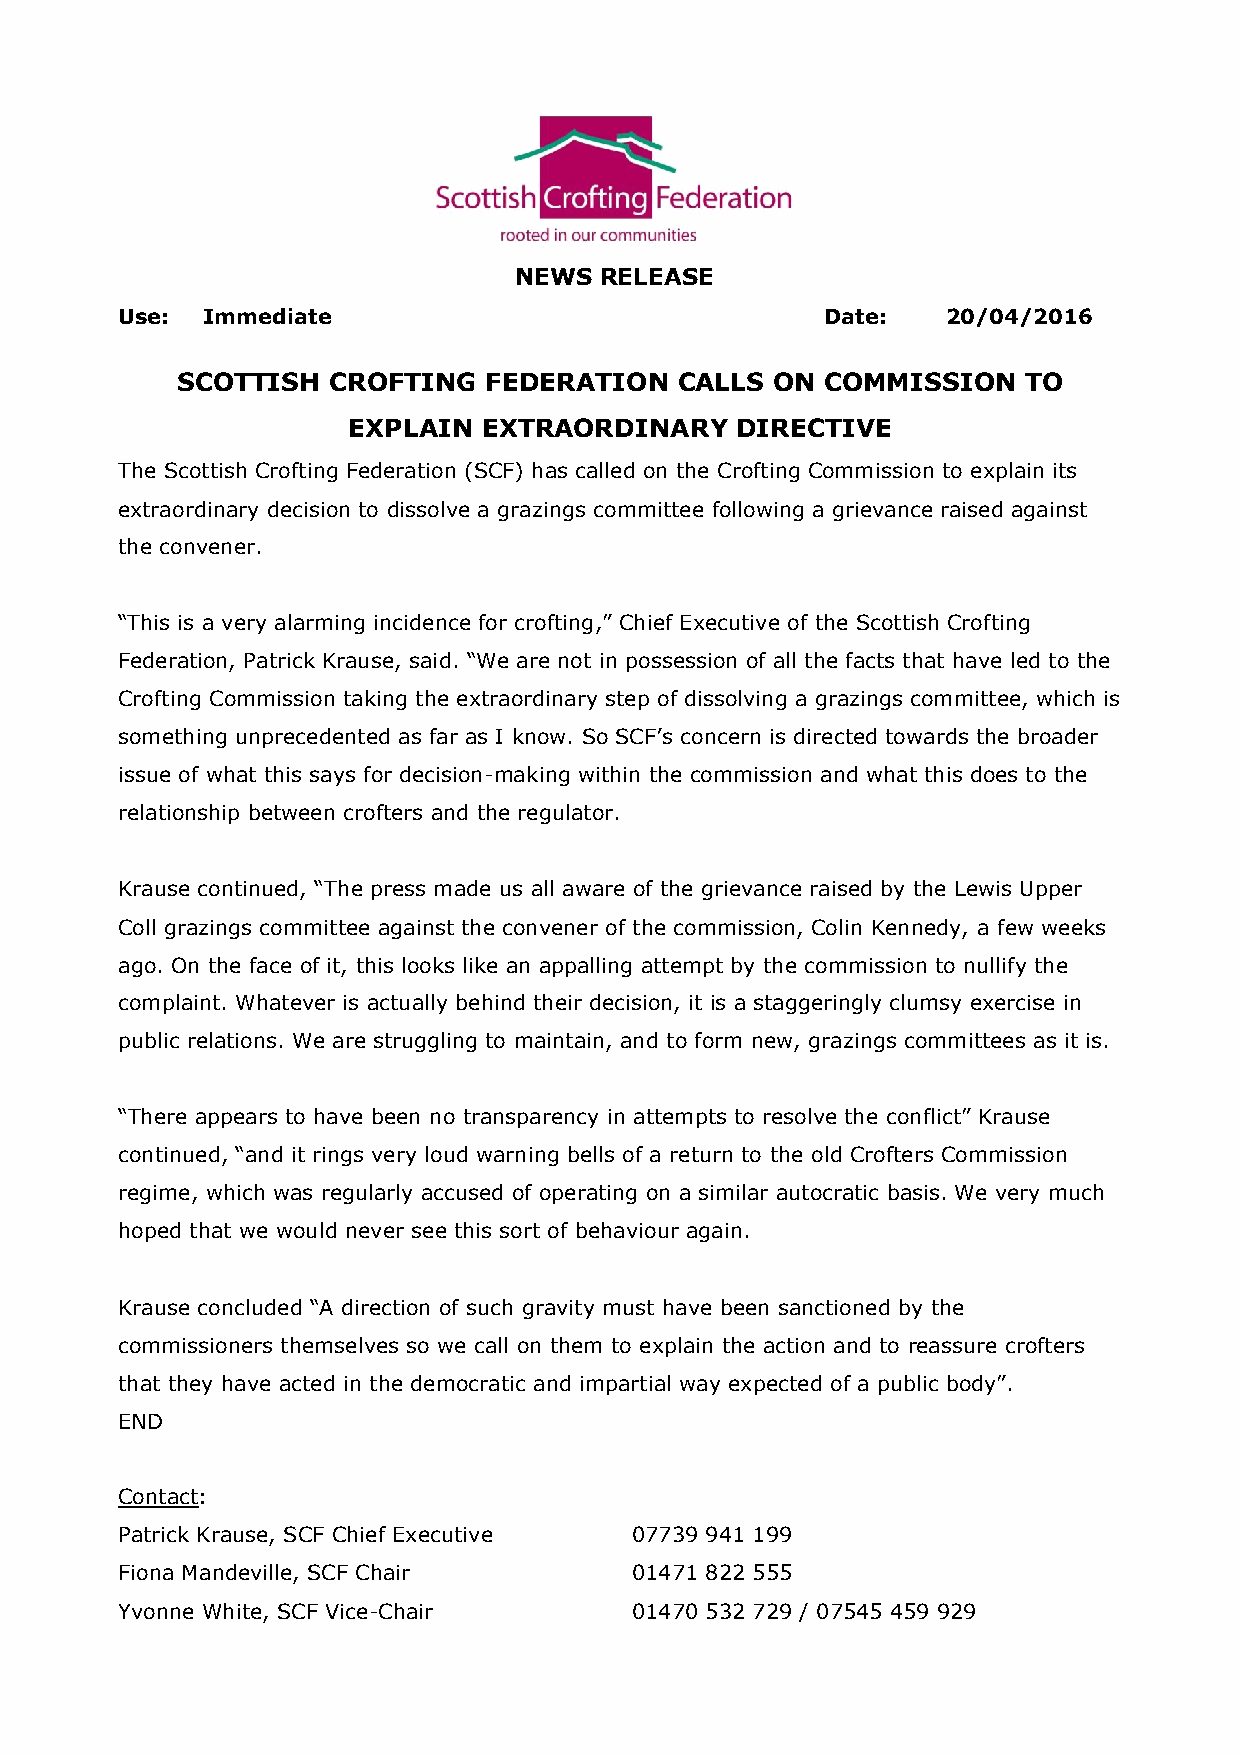
NEWS  RELEASE
 Use: Immediate                                 Date:   20/04/2016
 SCOTTISH  CROFTING  FEDERATION   CALLS ON  COMMISSION   TO
 EXPLAIN  EXTRAORDINARY    DIRECTIVE
 The Scottish Crofting Federation (SCF) has called on the Crofting Commission to explain its
 extraordinary decision to dissolve a grazings committee following a grievance raised against
 the convener.
 “This is a very alarming incidence for crofting,” Chief Executive of the Scottish Crofting
 Federation, Patrick Krause, said. “We are not in possession of all the facts that have led to the
 Crofting Commission taking the extraordinary step of dissolving a grazings committee, which is
 something unprecedented as far as I know. So SCF’s concern is directed towards the broader
 issue of what this says for decision-making within the commission and what this does to the
 relationship between crofters and the regulator.
 Krause continued, “The press made us all aware of the grievance raised by the Lewis Upper
 Coll grazings committee against the convener of the commission, Colin Kennedy, a few weeks
 ago. On the face of it, this looks like an appalling attempt by the commission to nullify the
 complaint. Whatever is actually behind their decision, it is a staggeringly clumsy exercise in
 public relations. We are struggling to maintain, and to form new, grazings committees as it is.
 “There appears to have been no transparency in attempts to resolve the conflict” Krause
 continued, “and it rings very loud warning bells of a return to the old Crofters Commission
 regime, which was regularly accused of operating on a similar autocratic basis. We very much
 hoped that we would never see this sort of behaviour again.
 Krause concluded “A direction of such gravity must have been sanctioned by the
 commissioners themselves so we call on them to explain the action and to reassure crofters
 that they have acted in the democratic and impartial way expected of a public body”.
 END
 Contact:
 Patrick Krause, SCF Chief Executive 07739 941 199
 Fiona Mandeville, SCF Chair       01471 822 555
 Yvonne White, SCF Vice-Chair      01470 532 729 / 07545 459 929